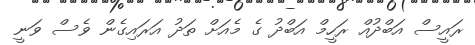
ރައީސް އަބްދުއް ރަހީމް އަބްދު ގެ މެއަށް ތަދު އަރައިގެން ވެސް ވަނީ